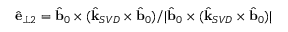
\hat { \mathbf { e } } _ { \perp 2 } = \hat { \mathbf { b } } _ { 0 } \times ( \hat { \mathbf { k } } _ { S V D } \times \hat { \mathbf { b } } _ { 0 } ) / | \hat { \mathbf { b } } _ { 0 } \times ( \hat { \mathbf { k } } _ { S V D } \times \hat { \mathbf { b } } _ { 0 } ) |